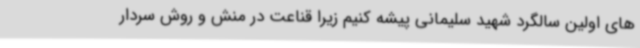
های اولین سالگرد شهید سلیمانی پیشه کنیم زیرا قناعت در منش و روش سردار